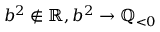
b ^ { 2 } \notin \mathbb { R } , b ^ { 2 } \to \mathbb { Q } _ { < 0 }